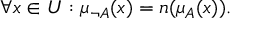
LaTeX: \forall x \in { U } : \mu _ { \neg { A } } ( x ) = n ( \mu _ { A } ( x ) ) .